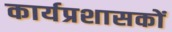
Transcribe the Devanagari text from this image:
कार्यप्रशासकों